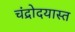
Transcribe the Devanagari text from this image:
चंद्रोदयास्त